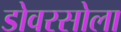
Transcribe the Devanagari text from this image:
डोवरसोला